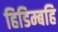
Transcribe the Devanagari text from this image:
हिडिम्बहि